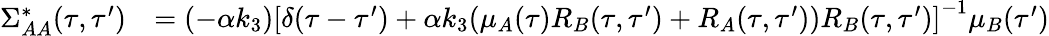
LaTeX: \begin{array}{rl}{\Sigma_{AA}^{*}(\tau,\tau^{\prime})}&{=(-\alpha k_{3})\left[\delta(\tau-\tau^{\prime})+\alpha k_{3}(\mu_{A}(\tau)R_{B}(\tau,\tau^{\prime})+R_{A}(\tau,\tau^{\prime}))R_{B}(\tau,\tau^{\prime})\right]^{-1}\mu_{B}(\tau^{\prime})}\end{array}